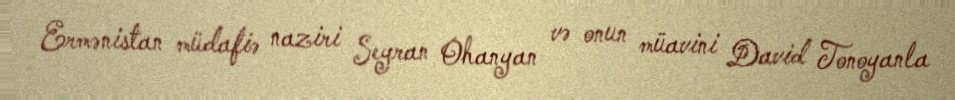
Ermənistan müdafiə naziri Seyran Ohanyan və onun müavini David Tonoyanla